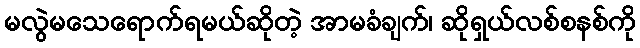
မလွဲမသေရောက်ရမယ်ဆိုတဲ့ အာမခံချက်၊ ဆိုရှယ်လစ်စနစ်ကို